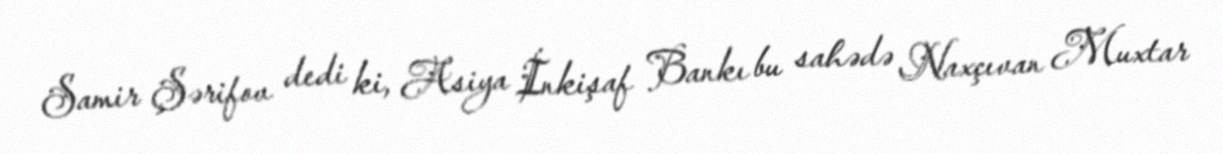
Samir Şərifov dedi ki, Asiya İnkişaf Bankı bu sahədə Naxçıvan Muxtar